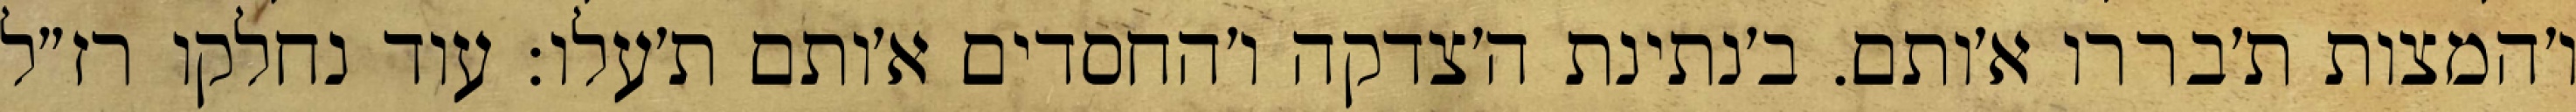
ו׳המצות ת׳בררו א׳ותם. ב׳נתינת ה׳צדקה ו׳החסדים א׳ותם ת׳עלו: עוד נחלקו רז״ל